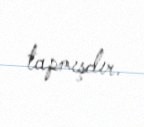
tapmışdır.